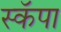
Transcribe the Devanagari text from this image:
स्कॅपा